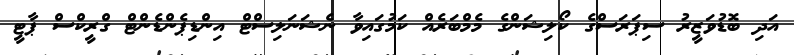
އަދި ބޮޑުވަޒީރު ސިޕަރަސްގެ ކޯލިޝަންގެ މެމްބަރެއް ކަމުގައިވާ ނެޝަނަލިސްޓް އިންޑިޕެންޑެންޓް ގްރީކްސް ޕާޓީ